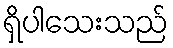
ရှိပါသေးသည်